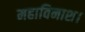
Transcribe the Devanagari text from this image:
महाविनाश।